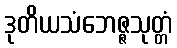
ဒုတိယသံဘေဇ္ဇသုတ္တံ